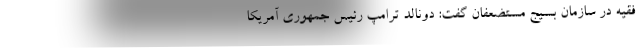
فقیه در سازمان بسیج مستضعفان گفت: دونالد ترامپ رئیس جمهوری آمریکا